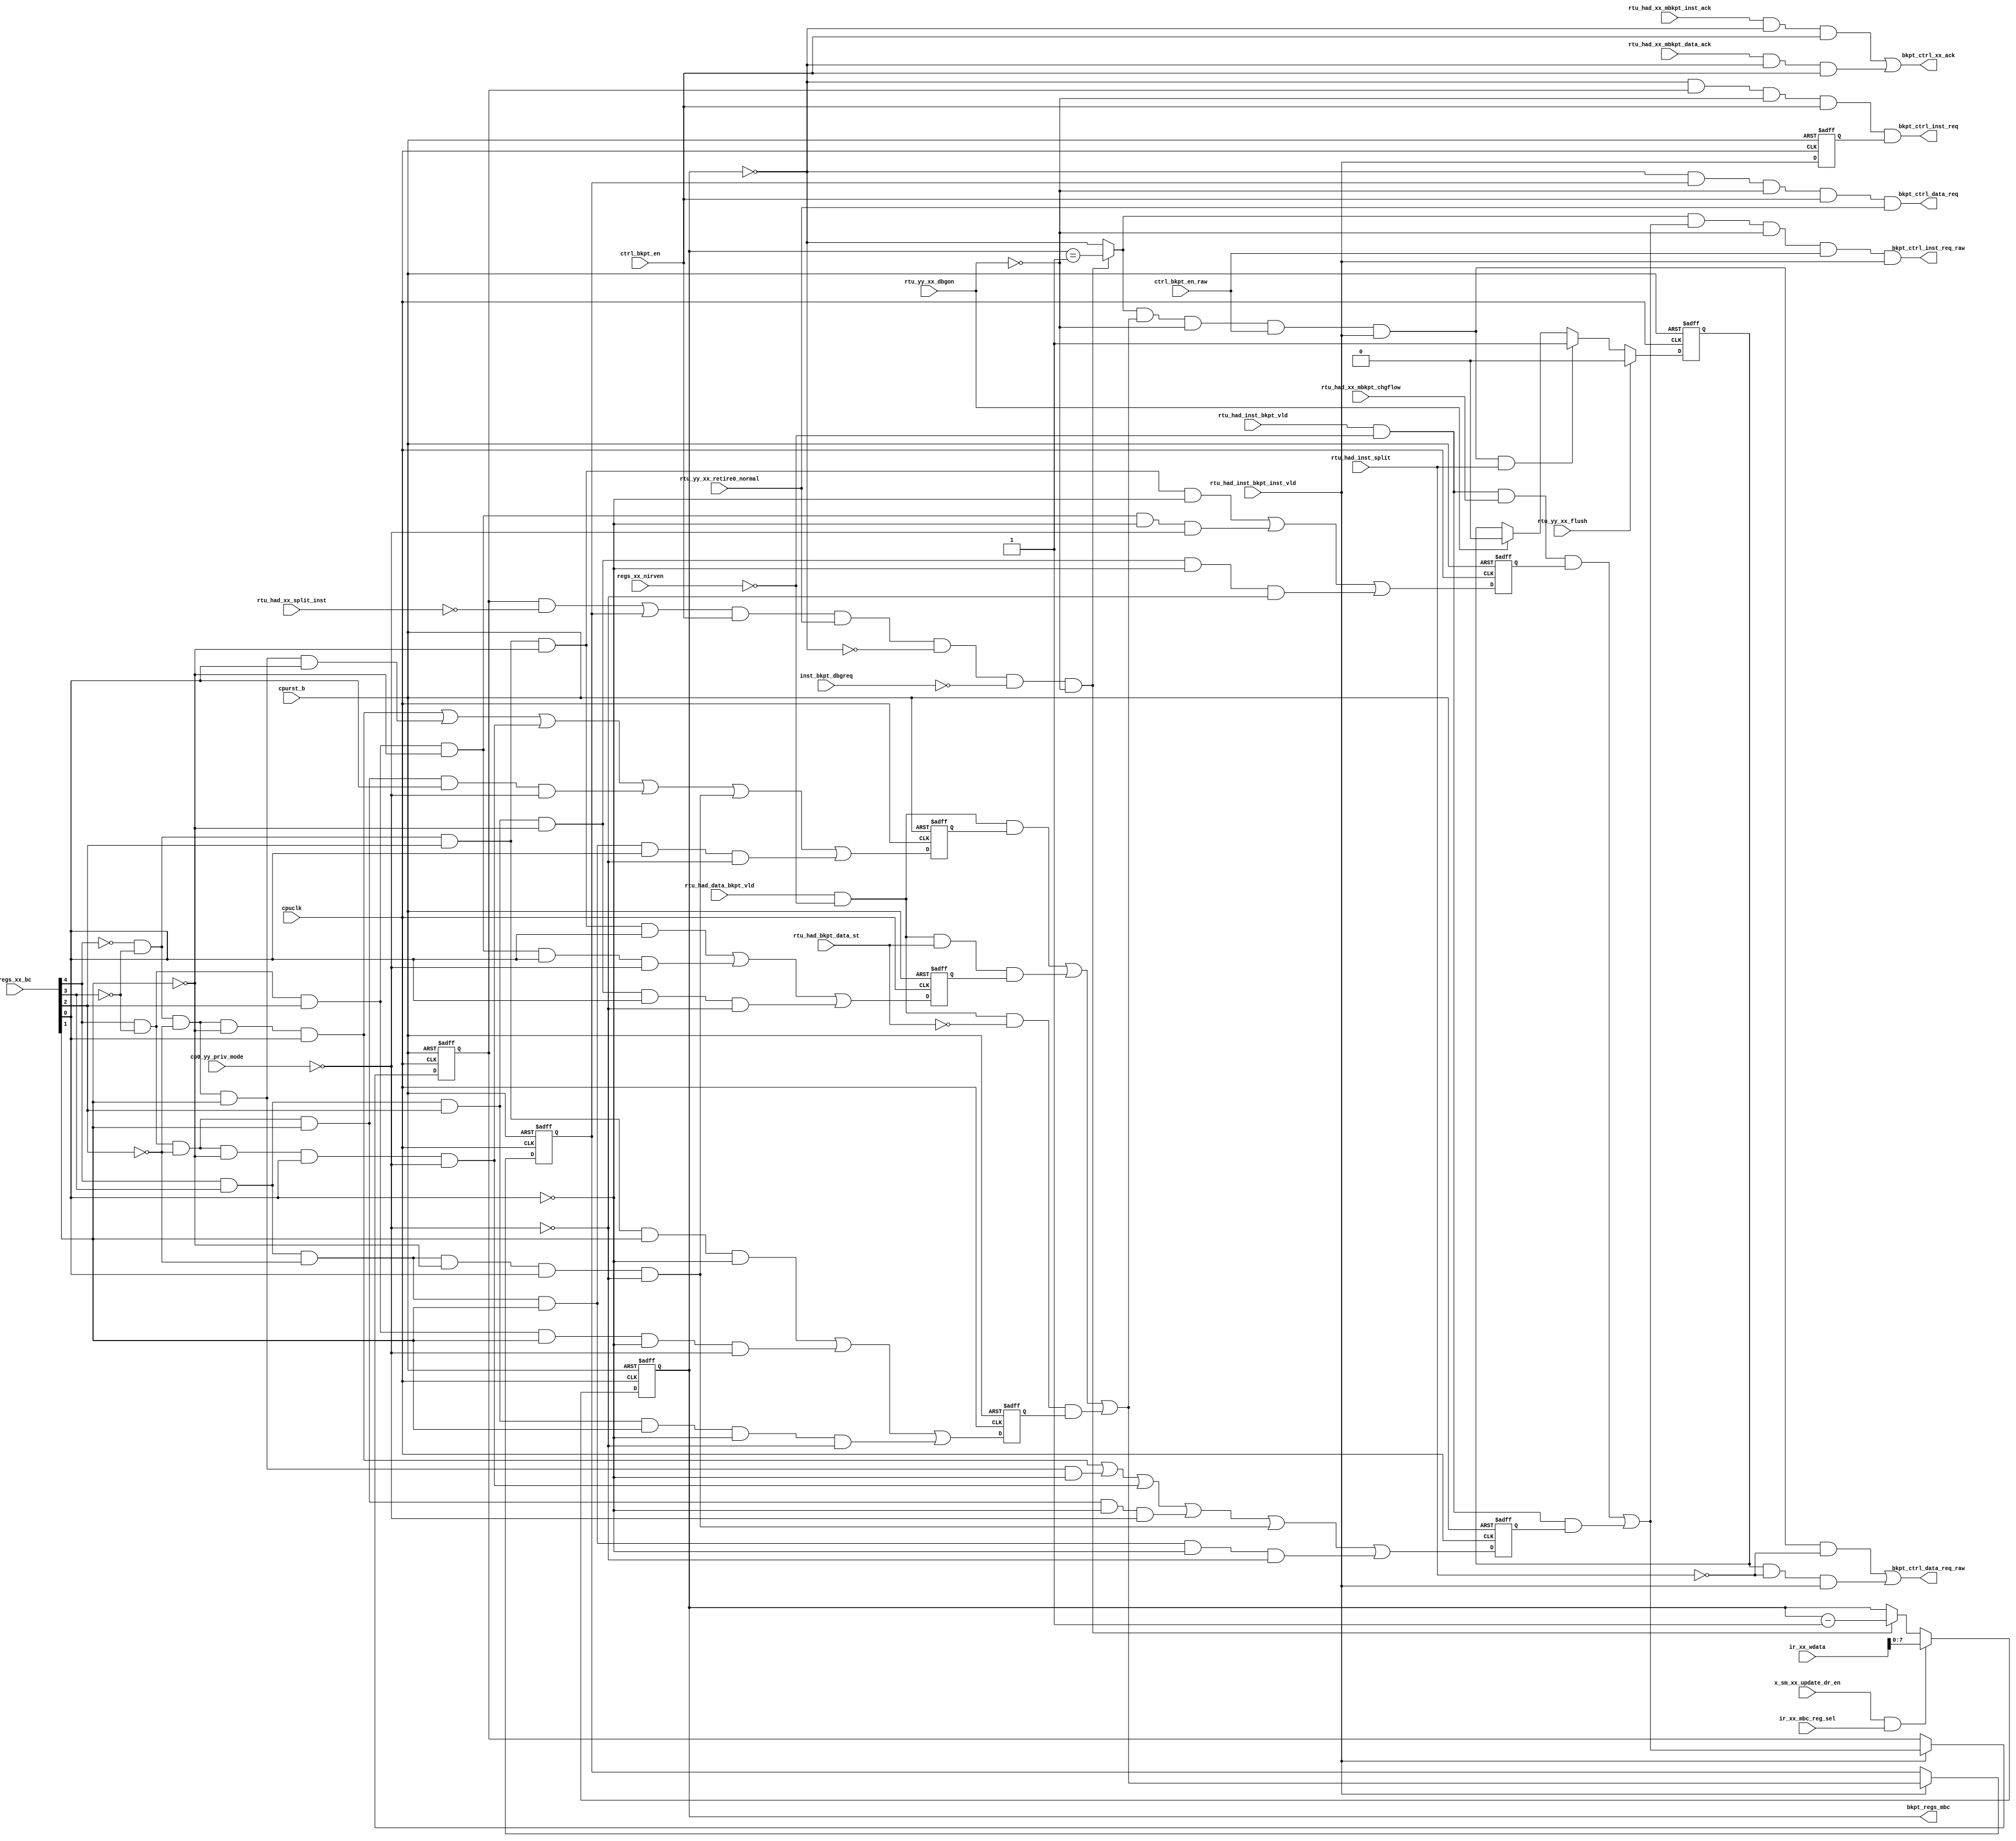
/*Copyright 2019-2021 T-Head Semiconductor Co., Ltd.

Licensed under the Apache License, Version 2.0 (the "License");
you may not use this file except in compliance with the License.
You may obtain a copy of the License at

    http://www.apache.org/licenses/LICENSE-2.0

Unless required by applicable law or agreed to in writing, software
distributed under the License is distributed on an "AS IS" BASIS,
WITHOUT WARRANTIES OR CONDITIONS OF ANY KIND, either express or implied.
See the License for the specific language governing permissions and
limitations under the License.
*/

// &ModuleBeg; @23
module ct_had_bkpt(
  bkpt_ctrl_data_req,
  bkpt_ctrl_data_req_raw,
  bkpt_ctrl_inst_req,
  bkpt_ctrl_inst_req_raw,
  bkpt_ctrl_xx_ack,
  bkpt_regs_mbc,
  cp0_yy_priv_mode,
  cpuclk,
  cpurst_b,
  ctrl_bkpt_en,
  ctrl_bkpt_en_raw,
  inst_bkpt_dbgreq,
  ir_xx_mbc_reg_sel,
  ir_xx_wdata,
  regs_xx_bc,
  regs_xx_nirven,
  rtu_had_bkpt_data_st,
  rtu_had_data_bkpt_vld,
  rtu_had_inst_bkpt_inst_vld,
  rtu_had_inst_bkpt_vld,
  rtu_had_inst_split,
  rtu_had_xx_mbkpt_chgflow,
  rtu_had_xx_mbkpt_data_ack,
  rtu_had_xx_mbkpt_inst_ack,
  rtu_had_xx_split_inst,
  rtu_yy_xx_dbgon,
  rtu_yy_xx_flush,
  rtu_yy_xx_retire0_normal,
  x_sm_xx_update_dr_en
);

// &Ports; @24
input   [1 :0]  cp0_yy_priv_mode;          
input           cpuclk;                    
input           cpurst_b;                  
input           ctrl_bkpt_en;              
input           ctrl_bkpt_en_raw;          
input           inst_bkpt_dbgreq;          
input           ir_xx_mbc_reg_sel;         
input   [63:0]  ir_xx_wdata;               
input   [4 :0]  regs_xx_bc;                
input           regs_xx_nirven;            
input           rtu_had_bkpt_data_st;      
input           rtu_had_data_bkpt_vld;     
input           rtu_had_inst_bkpt_inst_vld; 
input           rtu_had_inst_bkpt_vld;     
input           rtu_had_inst_split;        
input           rtu_had_xx_mbkpt_chgflow;  
input           rtu_had_xx_mbkpt_data_ack; 
input           rtu_had_xx_mbkpt_inst_ack; 
input           rtu_had_xx_split_inst;     
input           rtu_yy_xx_dbgon;           
input           rtu_yy_xx_flush;           
input           rtu_yy_xx_retire0_normal;  
input           x_sm_xx_update_dr_en;      
output          bkpt_ctrl_data_req;        
output          bkpt_ctrl_data_req_raw;    
output          bkpt_ctrl_inst_req;        
output          bkpt_ctrl_inst_req_raw;    
output          bkpt_ctrl_xx_ack;          
output  [7 :0]  bkpt_regs_mbc;             

// &Regs; @25
reg     [7 :0]  bkpt_counter;              
reg             changeflow_inst_bkpt_ff;   
reg             data_bkpt_pending;         
reg             data_bkpt_vld_f;           
reg             inst_bkpt_inst_vld_f;      
reg             inst_bkpt_vld_f;           
reg             load_data_bkpt_ff;         
reg             normal_data_bkpt_ff;       
reg             normal_inst_bkpt_ff;       
reg             st_data_bkpt_ff;           

// &Wires; @26
wire            bkpt_counter_dec_1;        
wire            bkpt_counter_eq_0;         
wire            bkpt_counter_eq_0_raw;     
wire            bkpt_counter_eq_1;         
wire            bkpt_ctrl_data_req;        
wire            bkpt_ctrl_data_req_raw;    
wire            bkpt_ctrl_inst_req;        
wire            bkpt_ctrl_inst_req_raw;    
wire            bkpt_ctrl_xx_ack;          
wire    [7 :0]  bkpt_regs_mbc;             
wire            changeflow_inst_bkpt;      
wire    [1 :0]  cp0_yy_priv_mode;          
wire            cpuclk;                    
wire            cpurst_b;                  
wire            ctrl_bkpt_en;              
wire            ctrl_bkpt_en_raw;          
wire            data_bkpt_occur;           
wire            data_bkpt_req_raw;         
wire            data_bkpt_vld;             
wire            inst_bkpt_dbgreq;          
wire            inst_bkpt_occur;           
wire            inst_bkpt_req_raw;         
wire            inst_bkpt_vld;             
wire            ir_xx_mbc_reg_sel;         
wire    [63:0]  ir_xx_wdata;               
wire            load_data_bkpt;            
wire            normal_data_bkpt;          
wire            normal_inst_bkpt;          
wire            priv_mode;                 
wire    [4 :0]  regs_xx_bc;                
wire            regs_xx_nirven;            
wire            rtu_had_bkpt_data_st;      
wire            rtu_had_data_bkpt_vld;     
wire            rtu_had_inst_bkpt_inst_vld; 
wire            rtu_had_inst_bkpt_vld;     
wire            rtu_had_inst_split;        
wire            rtu_had_xx_mbkpt_chgflow;  
wire            rtu_had_xx_mbkpt_data_ack; 
wire            rtu_had_xx_mbkpt_inst_ack; 
wire            rtu_had_xx_split_inst;     
wire            rtu_yy_xx_dbgon;           
wire            rtu_yy_xx_flush;           
wire            rtu_yy_xx_retire0_normal;  
wire            st_data_bkpt;              
wire            user_mode;                 
wire            x_sm_xx_update_dr_en;      


//==============================================================================
// memory bkpt debug contains four levels:
//   level one: memory bkpt conditions meet: (determined by RTU and LSU)
//     1. address trap (addr equal & rc clear or addr not equal & rc set)
//     2. bkpt_en
//     3. retire normal
//     4. not spilt inst for inst bkpt(except the last one)
//   level two: memory bkpt type meets various conditions indicated by
//              control bits of HCR
//   level three: memory bkpt request
//     1. memory bkpt vld
//     2. bkpt_counter equal zero or one (corner case) 
//     3. not in debug mode
//   level four: memory bkpt debug request: (implemented in ctrl module)
//     1. current memory bkpt request meet SQC condition
//
// In naming methodology, the names for every levels are
//   level one -- inst_bkpt_occur, data_bkpt_occur 
//   level two -- inst_bkpt_vld, data_bkpt_vld
//   level three -- bkpt_ctrl_req
//   level four -- mem_bkpt_debug_req
//==============================================================================

//==============================================================================
//                     level one
//==============================================================================

assign inst_bkpt_occur = rtu_had_inst_bkpt_vld && !regs_xx_nirven;
assign data_bkpt_occur = rtu_had_data_bkpt_vld && !regs_xx_nirven;

//==============================================================================
//                     level two
//==============================================================================
assign user_mode = cp0_yy_priv_mode[1:0] == 2'b00;
assign priv_mode = !user_mode;

assign changeflow_inst_bkpt =!regs_xx_bc[4]&&!regs_xx_bc[3]&& regs_xx_bc[2]&&!regs_xx_bc[1]&&!regs_xx_bc[0]
                           || regs_xx_bc[4]&&!regs_xx_bc[3]&& regs_xx_bc[2]&&!regs_xx_bc[1]&&!regs_xx_bc[0]&&!priv_mode
                           || regs_xx_bc[4]&& regs_xx_bc[3]&& regs_xx_bc[2]&&!regs_xx_bc[1]&&!regs_xx_bc[0]&& priv_mode;
assign normal_inst_bkpt     =!regs_xx_bc[4]&&!regs_xx_bc[3]&&!regs_xx_bc[2]&&!regs_xx_bc[1]&& regs_xx_bc[0]
                           ||!regs_xx_bc[4]&&!regs_xx_bc[3]&&!regs_xx_bc[2]&& regs_xx_bc[1]&&!regs_xx_bc[0]
                           || regs_xx_bc[4]&&!regs_xx_bc[3]&&!regs_xx_bc[2]&&!regs_xx_bc[1]&& regs_xx_bc[0]&&!priv_mode
                           || regs_xx_bc[4]&&!regs_xx_bc[3]&&!regs_xx_bc[2]&& regs_xx_bc[1]&&!regs_xx_bc[0]&&!priv_mode
                           || regs_xx_bc[4]&& regs_xx_bc[3]&&!regs_xx_bc[2]&&!regs_xx_bc[1]&& regs_xx_bc[0]&& priv_mode
                           || regs_xx_bc[4]&& regs_xx_bc[3]&&!regs_xx_bc[2]&& regs_xx_bc[1]&&!regs_xx_bc[0]&& priv_mode;
assign normal_data_bkpt     =!regs_xx_bc[4]&&!regs_xx_bc[3]&&!regs_xx_bc[2]&&!regs_xx_bc[1]&& regs_xx_bc[0]
                           ||!regs_xx_bc[4]&&!regs_xx_bc[3]&&!regs_xx_bc[2]&& regs_xx_bc[1]&& regs_xx_bc[0]
                           || regs_xx_bc[4]&&!regs_xx_bc[3]&&!regs_xx_bc[2]&&!regs_xx_bc[1]&& regs_xx_bc[0]&&!priv_mode
                           || regs_xx_bc[4]&&!regs_xx_bc[3]&&!regs_xx_bc[2]&& regs_xx_bc[1]&& regs_xx_bc[0]&&!priv_mode
                           || regs_xx_bc[4]&& regs_xx_bc[3]&&!regs_xx_bc[2]&&!regs_xx_bc[1]&& regs_xx_bc[0]&& priv_mode
                           || regs_xx_bc[4]&& regs_xx_bc[3]&&!regs_xx_bc[2]&& regs_xx_bc[1]&& regs_xx_bc[0]&& priv_mode;
assign st_data_bkpt         =!regs_xx_bc[4]&&!regs_xx_bc[3]&& regs_xx_bc[2]&&!regs_xx_bc[1]&& regs_xx_bc[0]
                           || regs_xx_bc[4]&&!regs_xx_bc[3]&& regs_xx_bc[2]&&!regs_xx_bc[1]&& regs_xx_bc[0]&&!priv_mode
                           || regs_xx_bc[4]&& regs_xx_bc[3]&& regs_xx_bc[2]&&!regs_xx_bc[1]&& regs_xx_bc[0]&& priv_mode;
assign load_data_bkpt       =!regs_xx_bc[4]&&!regs_xx_bc[3]&& regs_xx_bc[2]&& regs_xx_bc[1]&&!regs_xx_bc[0]
                           || regs_xx_bc[4]&&!regs_xx_bc[3]&& regs_xx_bc[2]&& regs_xx_bc[1]&&!regs_xx_bc[0]&&!priv_mode
                           || regs_xx_bc[4]&& regs_xx_bc[3]&& regs_xx_bc[2]&& regs_xx_bc[1]&&!regs_xx_bc[0]&& priv_mode;
always @(posedge cpuclk or negedge cpurst_b)
begin
  if(!cpurst_b)
  begin
    changeflow_inst_bkpt_ff <= 1'b0;
    normal_inst_bkpt_ff     <= 1'b0;
    normal_data_bkpt_ff     <= 1'b0;
    st_data_bkpt_ff         <= 1'b0;
    load_data_bkpt_ff       <= 1'b0;
  end
  else
  begin
    changeflow_inst_bkpt_ff <= changeflow_inst_bkpt;
    normal_inst_bkpt_ff     <= normal_inst_bkpt;
    normal_data_bkpt_ff     <= normal_data_bkpt;
    st_data_bkpt_ff         <= st_data_bkpt;
    load_data_bkpt_ff       <= load_data_bkpt;
  end
end

assign inst_bkpt_vld = inst_bkpt_occur && rtu_had_xx_mbkpt_chgflow && changeflow_inst_bkpt_ff
                    || inst_bkpt_occur && normal_inst_bkpt_ff;

assign data_bkpt_vld = data_bkpt_occur && normal_data_bkpt_ff
                    || data_bkpt_occur && rtu_had_bkpt_data_st && st_data_bkpt_ff
                    || data_bkpt_occur &&!rtu_had_bkpt_data_st && load_data_bkpt_ff;

//==============================================================================
//                     level three
//==============================================================================

//==========================================================
// memory bkpt counter decrease 1 condition(AND):
//   1. only one of inst_bkpt or data_bkpt is valid;
//   2. bkpt counter doesn't equal to zero;
//   3. not in debug mode.
// memory bkpt counter decrease 2 condition(AND):
//   1. both inst_bkpt and data_bkpt are valid; 
//   2. bkpt counter doesn't equal to zero or one;
//   3. not in debug mode.
//   4. highest  level or in untrusted world while medium  level
//==========================================================

always @(posedge cpuclk or negedge cpurst_b)
begin
  if (!cpurst_b) begin
    inst_bkpt_vld_f <= 1'b0;
    data_bkpt_vld_f <= 1'b0;
  end
  else if (rtu_had_inst_bkpt_inst_vld) begin
    inst_bkpt_vld_f <= inst_bkpt_vld;
    data_bkpt_vld_f <= data_bkpt_vld;
  end
end

always @(posedge cpuclk or negedge cpurst_b)
begin
  if (!cpurst_b)
    inst_bkpt_inst_vld_f <= 1'b0;
  else 
    inst_bkpt_inst_vld_f <= rtu_had_inst_bkpt_inst_vld;
end

assign bkpt_counter_dec_1 = (inst_bkpt_vld_f && !rtu_had_xx_split_inst || 
                             data_bkpt_vld_f) && 
                             ctrl_bkpt_en &&
                             rtu_yy_xx_retire0_normal &&
                            !bkpt_counter_eq_0 &&
                            !inst_bkpt_dbgreq &&
//                            !rtu_had_xx_split_inst &&
                            !rtu_yy_xx_dbgon;

// memory bkpt counter
// &Force("bus", "ir_xx_wdata", 63, 0); @158
always @(posedge cpuclk or negedge cpurst_b)
begin
  if (!cpurst_b)
    bkpt_counter[7:0] <= 8'b0;
  else if (x_sm_xx_update_dr_en && ir_xx_mbc_reg_sel)
    bkpt_counter[7:0] <= ir_xx_wdata[7:0];
  else if (bkpt_counter_dec_1)
    bkpt_counter[7:0] <= bkpt_counter[7:0] - 8'b1;
  else
    bkpt_counter[7:0] <= bkpt_counter[7:0];
end
    
assign bkpt_counter_eq_0 = bkpt_counter[7:0] == 8'b0;
assign bkpt_counter_eq_1 = bkpt_counter[7:0] == 8'b1;
    
assign bkpt_regs_mbc[7:0] = bkpt_counter[7:0];

assign bkpt_counter_eq_0_raw = bkpt_counter_dec_1 ? bkpt_counter_eq_1 : bkpt_counter_eq_0;

//=========================================================
// memory bkpt request condition(AND):
// 1. bkpt counter equals to zero;
// 2. inst_bkpt_vld or data_bkpt_vld or both vld;
// OR
// 1. bkpt counter equals to one;
// 2. inst_bkpt_vld and data_bkpt_vld both vld;
//==========================================================
assign bkpt_ctrl_xx_ack   = rtu_had_xx_mbkpt_inst_ack && bkpt_counter_eq_0 && ctrl_bkpt_en || 
                            rtu_had_xx_mbkpt_data_ack && bkpt_counter_eq_0 && ctrl_bkpt_en;

assign bkpt_ctrl_inst_req = bkpt_counter_eq_0 && inst_bkpt_vld_f && !rtu_yy_xx_dbgon && ctrl_bkpt_en && inst_bkpt_inst_vld_f;
assign bkpt_ctrl_data_req = bkpt_counter_eq_0 && data_bkpt_vld_f && !rtu_yy_xx_dbgon && ctrl_bkpt_en && rtu_yy_xx_retire0_normal;

assign inst_bkpt_req_raw = bkpt_counter_eq_0_raw && inst_bkpt_vld && !rtu_yy_xx_dbgon && ctrl_bkpt_en_raw && rtu_had_inst_bkpt_inst_vld;
assign data_bkpt_req_raw = bkpt_counter_eq_0_raw && data_bkpt_vld && !rtu_yy_xx_dbgon && ctrl_bkpt_en_raw && rtu_had_inst_bkpt_inst_vld;

assign bkpt_ctrl_inst_req_raw = inst_bkpt_req_raw;
assign bkpt_ctrl_data_req_raw = data_bkpt_req_raw && !rtu_had_inst_split || 
                                data_bkpt_pending && !rtu_had_inst_split && rtu_had_inst_bkpt_inst_vld;

always @(posedge cpuclk or negedge cpurst_b)
begin
  if (!cpurst_b)
    data_bkpt_pending <= 1'b0;
  else if (rtu_yy_xx_flush)
    data_bkpt_pending <= 1'b0;
  else if (data_bkpt_req_raw && rtu_had_inst_split)
    data_bkpt_pending <= 1'b1;
  else if (rtu_yy_xx_dbgon)
    data_bkpt_pending <= 1'b0;
end

// &ModuleEnd; @211
endmodule